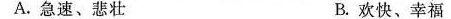
A. 急速、悲壮 B. 欢快、幸福